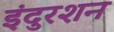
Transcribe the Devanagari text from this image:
इंदुरशन